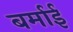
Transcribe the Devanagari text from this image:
बर्माई